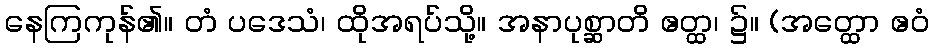
နေကြကုန်၏။ တံ ပဒေသံ၊ ထိုအရပ်သို့။ အနာပုစ္ဆာတိ ဧတ္ထ၊ ၌။ (အတ္ထော ဧဝံ